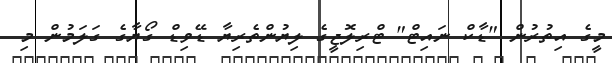
މީގެ އިތުރުން "ޑާކް ނައިޓް" ޓްރިލޮޖީގެ ލިޔުންތެރިޔާ ޑޭވިޑް ގޯޔާގެ ގަލަމުން މި